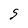
Character: S